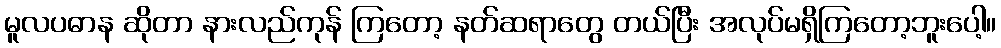
မူလပဓာန ဆိုတာ နားလည်ကုန် ကြတော့ နတ်ဆရာတွေ တယ်ပြီး အလုပ်မရှိကြတော့ဘူးပေါ့။